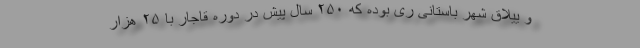
و ییلاق شهر باستانی ری بوده که ۲۵۰ سال پیش در دوره قاجار با ۲۵ هزار